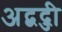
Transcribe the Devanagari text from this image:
अद्बद्जी